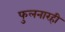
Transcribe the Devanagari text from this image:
फुलनारही